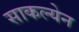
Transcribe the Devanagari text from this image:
साकल्येन